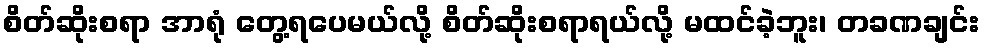
စိတ်ဆိုးစရာ အာရုံ တွေ့ရပေမယ်လို့ စိတ်ဆိုးစရာရယ်လို့ မထင်ခဲ့ဘူး၊ တခဏချင်း